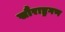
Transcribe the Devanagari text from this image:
सौराष्ट्रगण